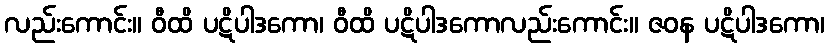
လည်းကောင်း။ ဝီထိ ပဋိပါဒကော၊ ဝီထိ ပဋိပါဒကောလည်းကောင်း။ ဇဝန ပဋိပါဒကော၊